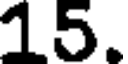
15.